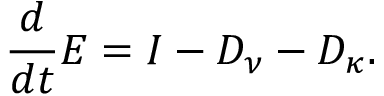
\frac { d } { d t } E = I - D _ { \nu } - D _ { \kappa } .